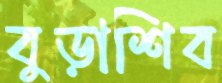
বুড়াশিব